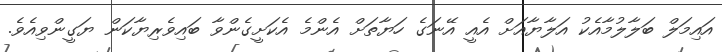
އައިމަލް ބަލާލުމާއެކު އަލާޔާއަށް އެއީ އޭނަގެ ހަޔާތަށް އެންމެ އެކަށީގެންވާ ބައިވެރިޔާކަން ޔަގީންވިއެވެ.